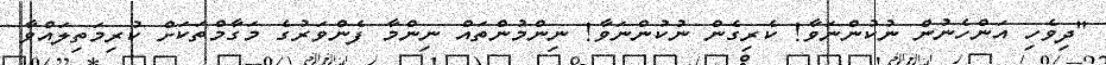
"ދިވެހި އަންހެނުން ނުކުންނަވާ! ކެރިގެން ނުކުންނަވާ! ނިންމުންތައް ނިންމާ ފެންވަރުގެ މަގާމްތަކަށް ކުރިމަތިލައްވާ